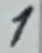
Text: 1